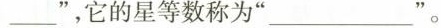
___”，它的星等数称为”___”。